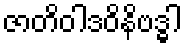
ဇာတိဝါဒဝိနိဗဒ္ဓါ